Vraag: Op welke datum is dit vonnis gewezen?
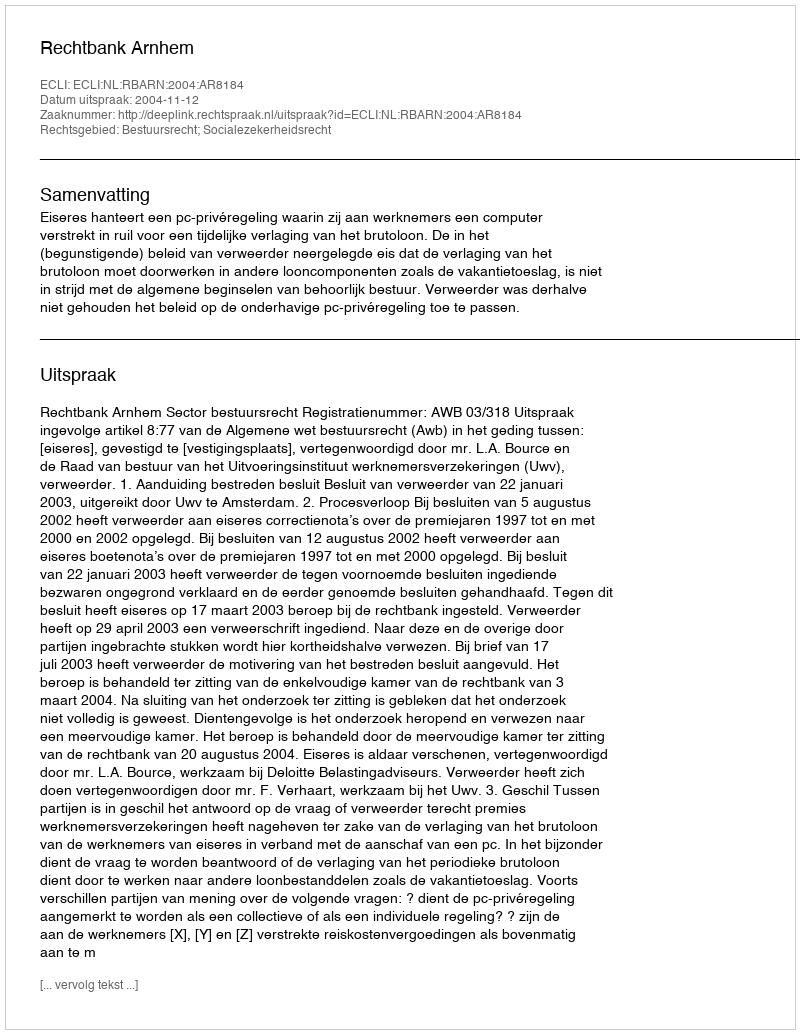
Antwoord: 2004-11-12